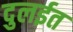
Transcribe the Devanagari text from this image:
दुलईत